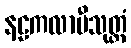
နဠကလာပီသုတ္တံ